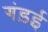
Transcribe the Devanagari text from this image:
गंड़ई